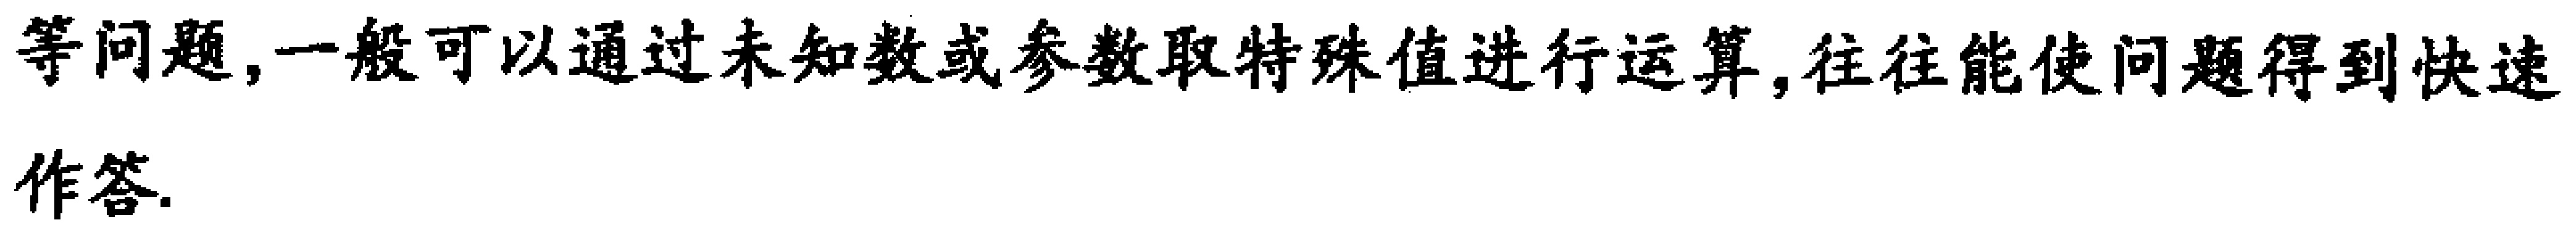
等问题,一般可以通过未知数或参数取特殊值进行运算,往往能使问题得到快速作答.